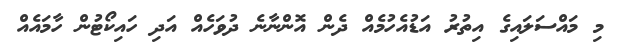
މި މައްސަލައިގެ އިތުރު އަޑުއެހުމެއް ދެން އޮންނާނެ ދުވަހެއް އަދި ހައިކޯޓުން ހާމައެއް